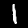
Label: 1